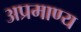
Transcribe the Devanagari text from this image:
अप्रमाण्‍य